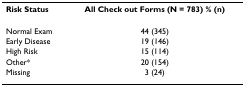
| Risk Status | All Check out Forms (N = 783) % (n) |
 | --- | --- |
 | Normal Exam | 44 (345) |
 | Early Disease | 19 (146) |
 | High Risk | 15 (114) |
 | Other* | 20 (154) |
 | Missing | 3 (24) |